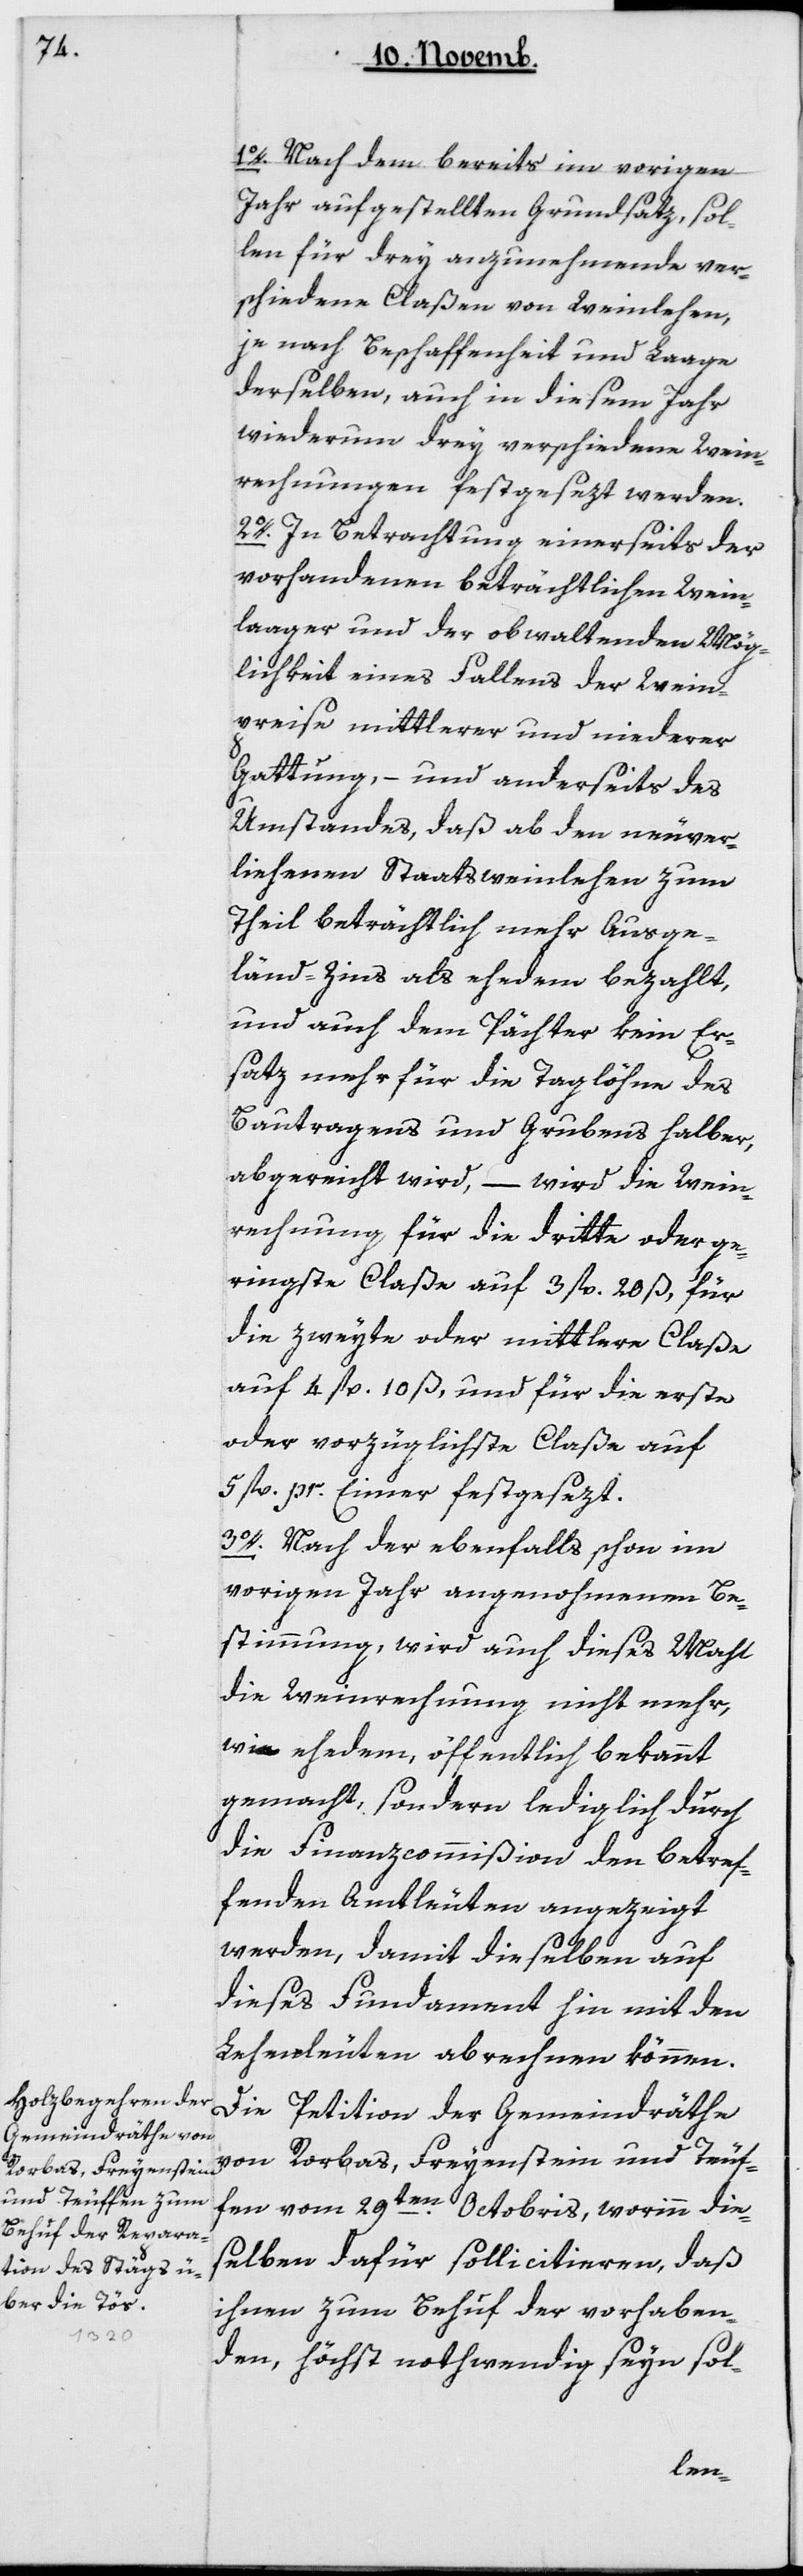
1. Nachdem bereits im vorigen
Jahr aufgestellten Grundsatz, sol¬
len für drey anzunehmende ver¬
schiedene Claßen von Weinlehen,
je nach Beschaffenheit und Lage
derselben, auch in diesem Jahr
wiederum drey verschiedene Wein¬
rechnungen festgesezt werden.
2. In Betrachtung einerseits der
vorhandenen beträchtlichen Wein¬
lager und der obwaltenden Mög¬
lichkeit eines Fallens der Wein¬
preise mittlerer und niederer
Gattung, – und anderseits des
Umstandes, daß ab den neuver¬
liehenen Staatsweinlehen zum
Theil beträchtlich mehr Ausge¬
länd-Zins als ehedem bezahlt,
und auch dem Pächter kein Er¬
satz mehr für die Taglöhne des
Bautragens und Grubens halber,
abgereicht wird, – wird die Wein¬
rechnung für die dritte oder ge¬
ringste Claße auf 3 fl. 20 ß, für
die zweyte oder mittlere Claße
auf 4 fl. 10 ß, und für die erste
oder vorzüglichste Claße auf
5 fl. pr. Eimer festgesezt.
3. Nach der ebenfalls schon im
vorigen Jahr angenohmenen Be¬
stimmung, wird auch dieses Mahl
die Weinrechnung nicht mehr,
wie ehedem, öffentlich bekannt
gemacht, sondern lediglich durch
die Finanzcommißion den betref¬
fenden Amtleuten angezeigt
werden, damit dieselben auf
dieses Fundament hin mit den
Lehenleuten abrechnen können.
Die Petition der Gemeindräthe
von Rorbas, Freyenstein und Teuf¬
fen vom 29ten Octobris, worinn die¬
selben dafür sollicitieren, daß
ihnen zum Behuf der vorhaben¬
den, höchst nothwendig seyn sol-